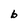
Character: b